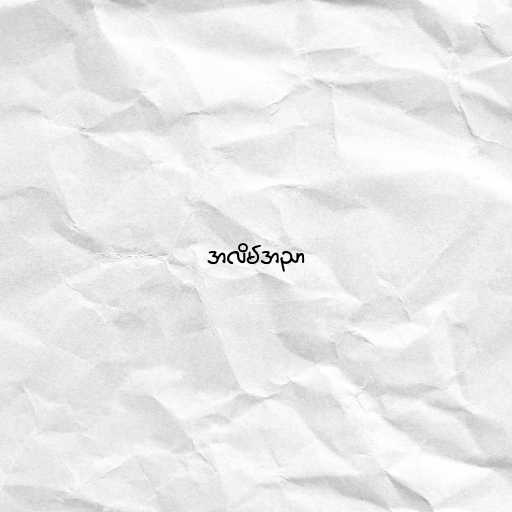
အလိမ်အညာ